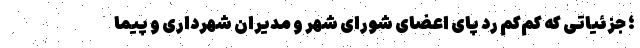
؛ جزئیاتی که کم‌کم رد پای اعضای شورای شهر و مدیران شهرداری و پیما